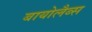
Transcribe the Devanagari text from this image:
बायोलैब्स